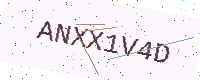
Text: ANXX1V4D